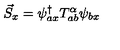
\vec { S } _ { x } = \psi _ { a x } ^ { \dagger } T _ { a b } ^ { \alpha } \psi _ { b x }